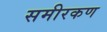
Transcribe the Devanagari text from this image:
समीरकण